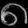
Digit: ၈